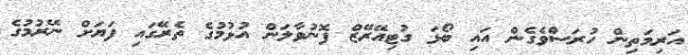
އަރިމަތިން ހުރަސްވެގެން އައި ބޯޅަ ގުޓިއޭރޭޒް ފޮނުވާލަން އުޅުމުގެ ތެރޭގައި ފަޔަށް ނޭރުމުގެ